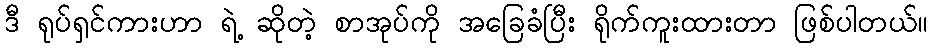
ဒီ ရုပ်ရှင်ကားဟာ ရဲ့ ဆိုတဲ့ စာအုပ်ကို အခြေခံပြီး ရိုက်ကူးထားတာ ဖြစ်ပါတယ်။